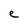
Character: e